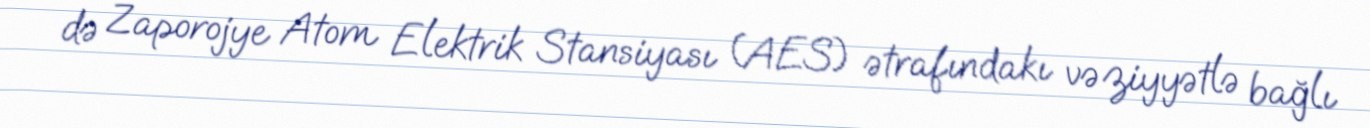
də Zaporojye Atom Elektrik Stansiyası (AES) ətrafındakı vəziyyətlə bağlı